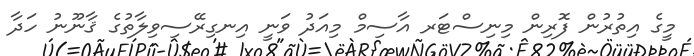
މީގެ އިތުރުން ފޮރިން މިނިސްޓަރ އާސިމް މިއަދު ވަނީ އިނގިރޭސިވިލާތުގެ ޤާނޫނު ހަދާ